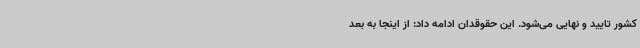
کشور تایید و نهایی می‌شود. این حقوقدان ادامه داد: از اینجا به بعد